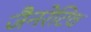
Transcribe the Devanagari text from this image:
जैनरेटिव